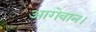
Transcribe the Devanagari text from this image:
आगेवान।